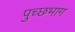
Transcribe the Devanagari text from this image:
पुच्छभाग